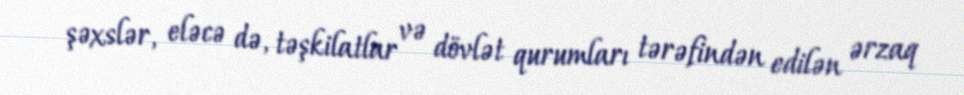
şəxslər, eləcə də, təşkilatlar və dövlət qurumları tərəfindən edilən ərzaq